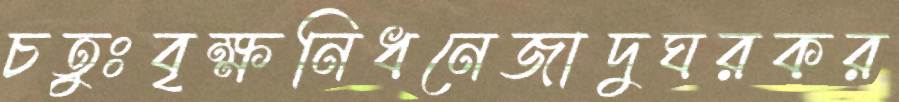
চতুঃবৃক্ষনিধনেজাদুঘরকর